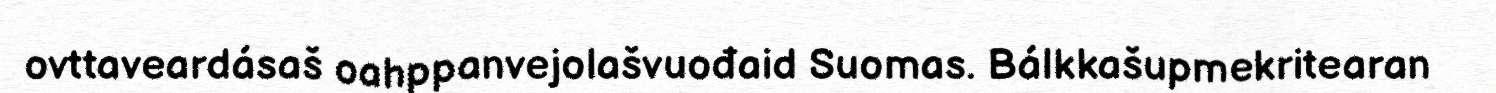
ovttaveardásaš oahppanvejolašvuođaid Suomas. Bálkkašupmekritearan